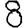
Digit: 8